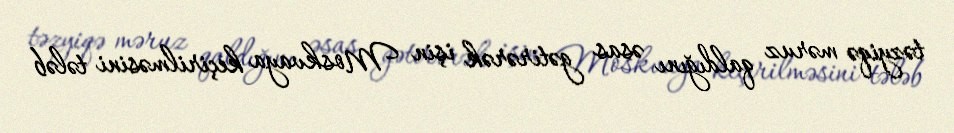
təzyiqə məruz qaldığını əsas gətirərək işin Moskvaya keçirilməsini tələb